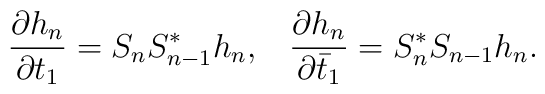
\frac{\partial h_{n}}{\partial t_{1}}=S_{n}S_{n-1}^{*}h_{n},\;\;\;\frac{\partial h_{n}}{\partial \bar{t}_{1}}=S_{n}^{*}S_{n-1}h_{n}.